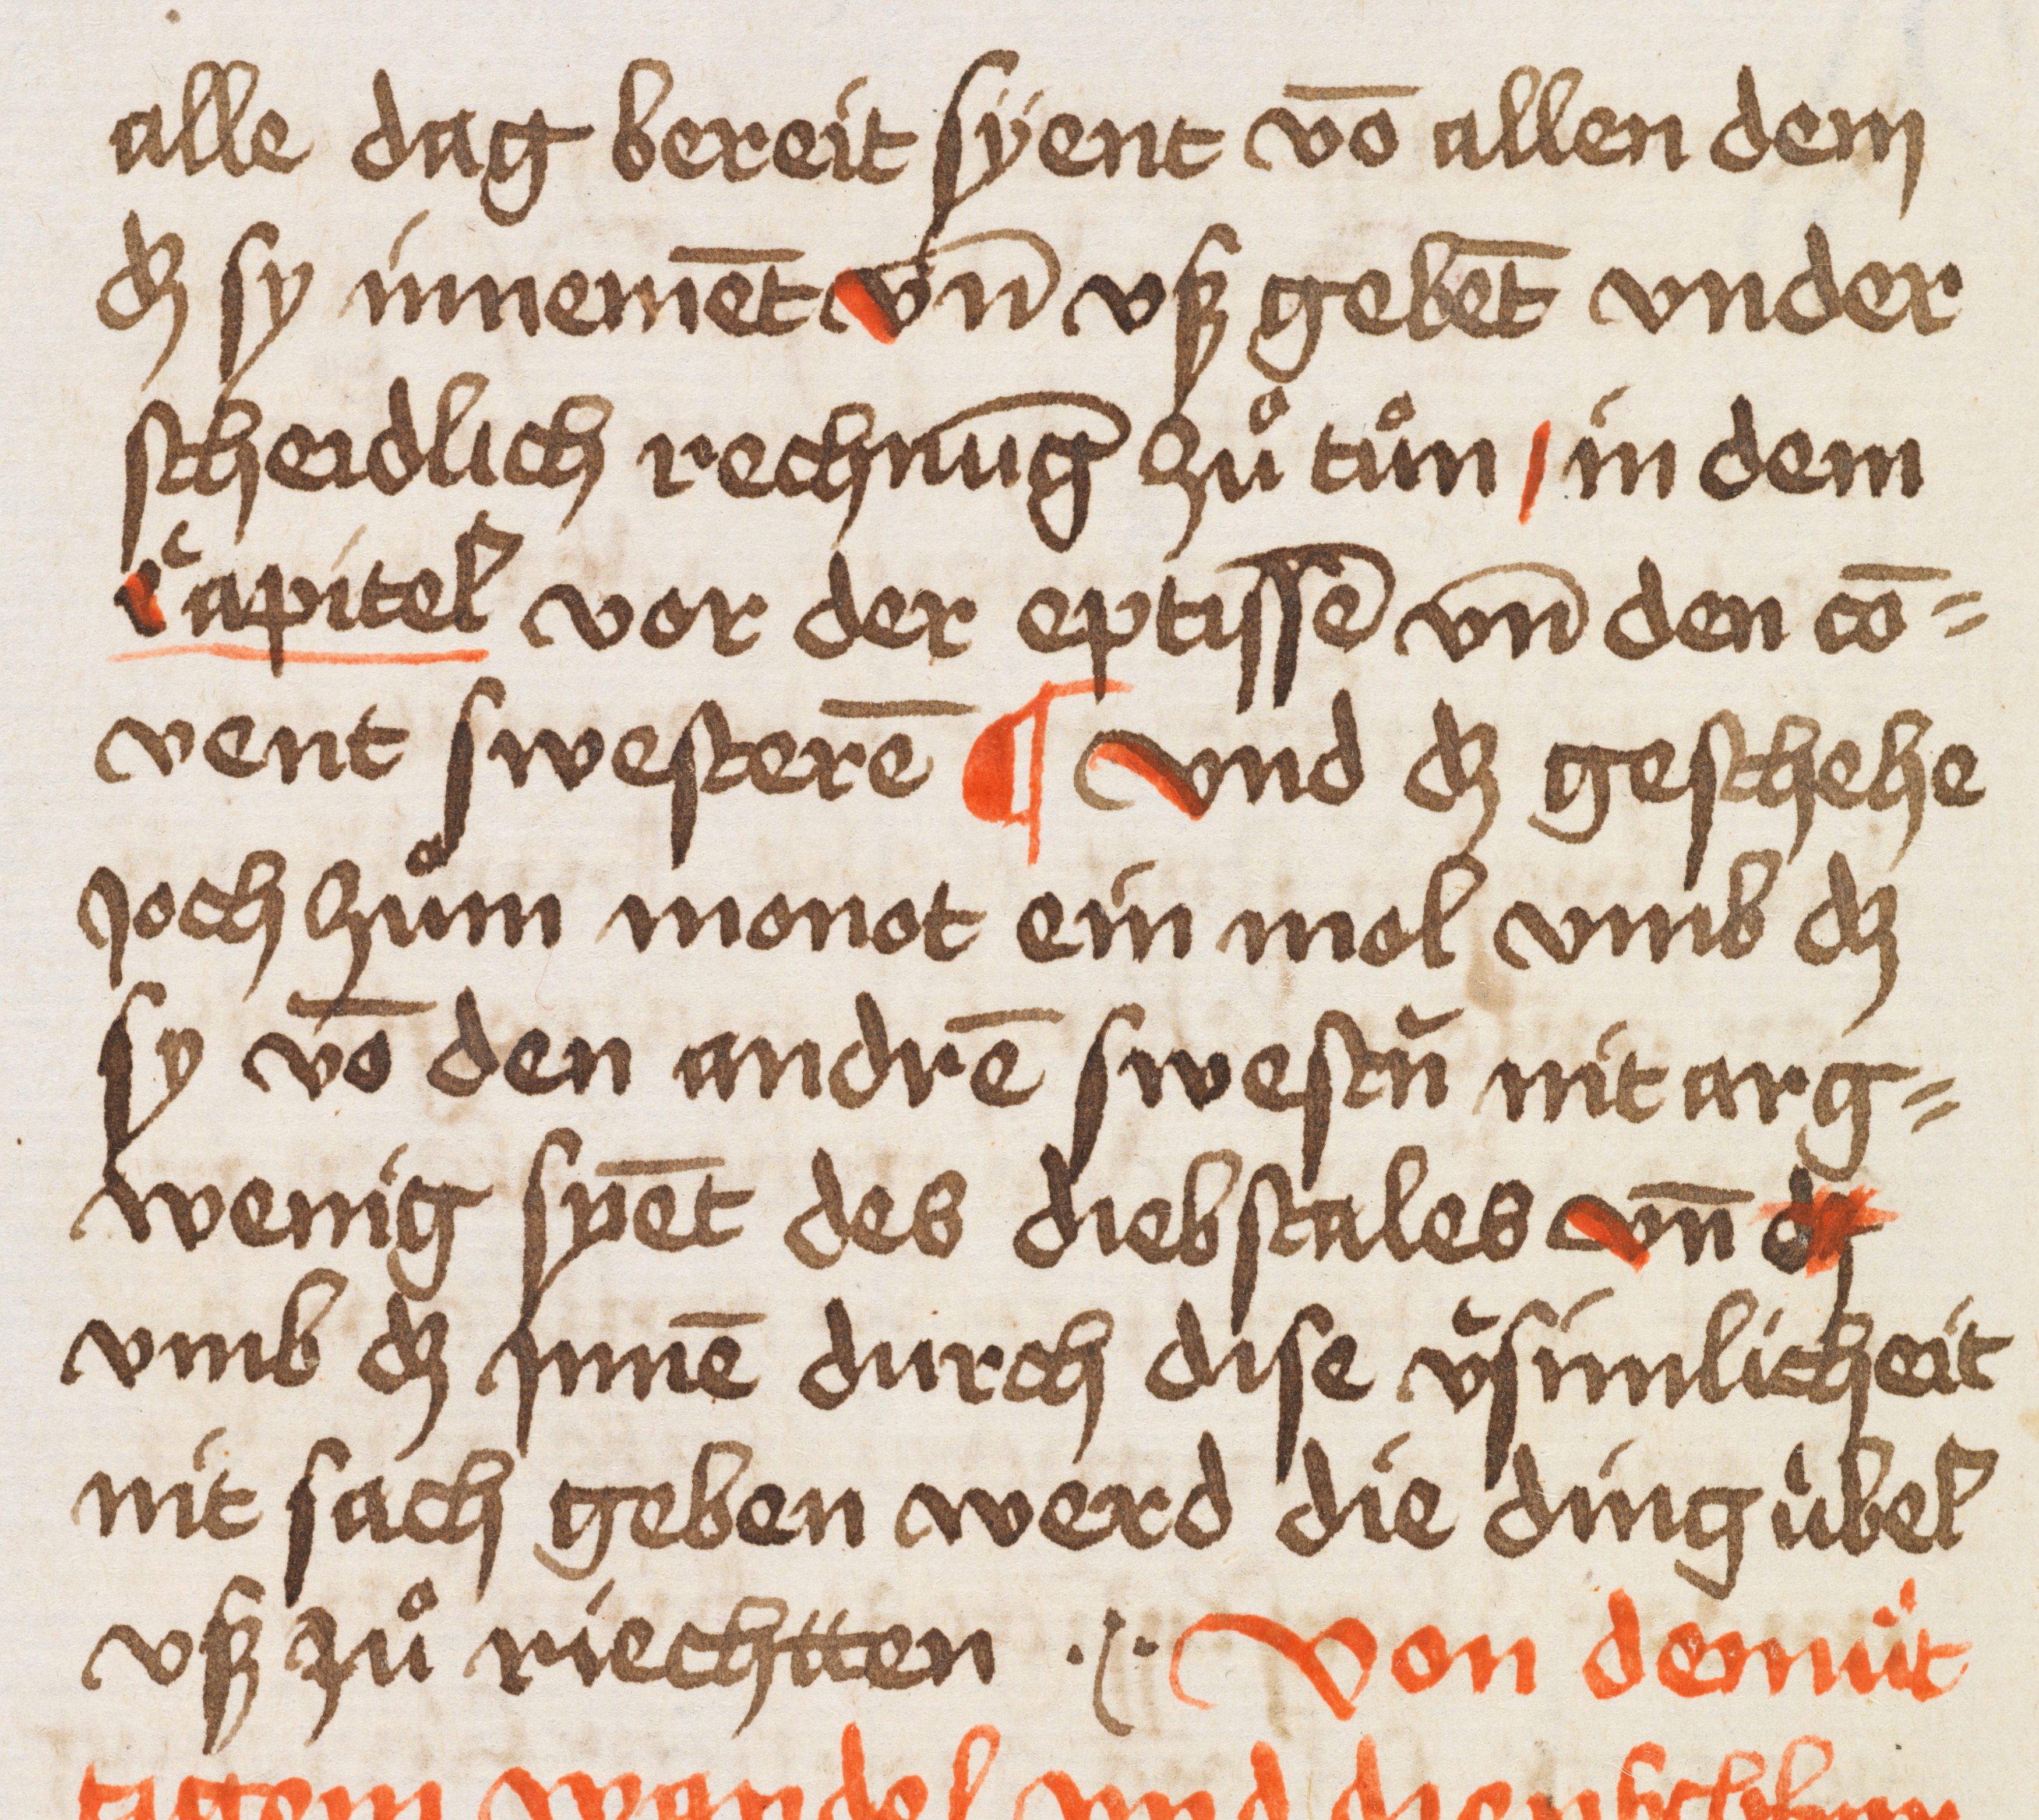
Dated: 1400–1499